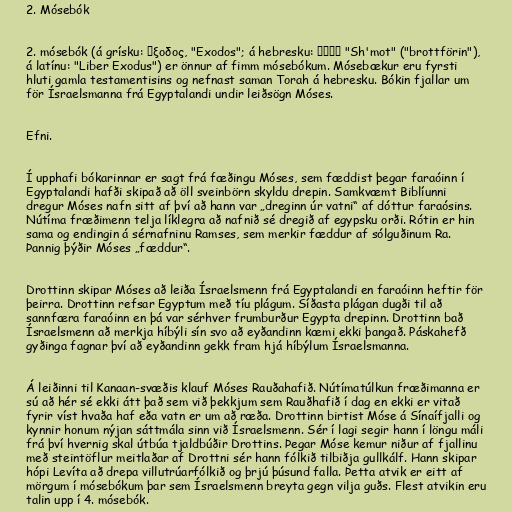
2. Mósebók

2. mósebók (á grísku: ἔξοδος, "Exodos"; á hebresku: שמות "Sh'mot" ("brottförin"),
á latínu: "Liber Exodus") er önnur af fimm mósebókum. Mósebækur eru fyrsti
hluti gamla testamentisins og nefnast saman Torah á hebresku. Bókin fjallar um
för Ísraelsmanna frá Egyptalandi undir leiðsögn Móses.

Efni.

Í upphafi bókarinnar er sagt frá fæðingu Móses, sem fæddist þegar faraóinn í
Egyptalandi hafði skipað að öll sveinbörn skyldu drepin. Samkvæmt Biblíunni
dregur Móses nafn sitt af því að hann var „dreginn úr vatni“ af dóttur faraósins.
Nútíma fræðimenn telja líklegra að nafnið sé dregið af egypsku orði. Rótin er hin
sama og endingin á sérnafninu Ramses, sem merkir fæddur af sólguðinum Ra.
Þannig þýðir Móses „fæddur“.

Drottinn skipar Móses að leiða Ísraelsmenn frá Egyptalandi en faraóinn heftir för
þeirra. Drottinn refsar Egyptum með tíu plágum. Síðasta plágan dugði til að
sannfæra faraóinn en þá var sérhver frumburður Egypta drepinn. Drottinn bað
Ísraelsmenn að merkja híbýli sín svo að eyðandinn kæmi ekki þangað. Páskahefð
gyðinga fagnar því að eyðandinn gekk fram hjá híbýlum Ísraelsmanna.

Á leiðinni til Kanaan-svæðis klauf Móses Rauðahafið. Nútímatúlkun fræðimanna er
sú að hér sé ekki átt það sem við þekkjum sem Rauðhafið í dag en ekki er vitað
fyrir víst hvaða haf eða vatn er um að ræða. Drottinn birtist Móse á Sínaífjalli og
kynnir honum nýjan sáttmála sinn við Ísraelsmenn. Sér í lagi segir hann í löngu máli
frá því hvernig skal útbúa tjaldbúðir Drottins. Þegar Móse kemur niður af fjallinu
með steintöflur meitlaðar af Drottni sér hann fólkið tilbiðja gullkálf. Hann skipar
hópi Levíta að drepa villutrúarfólkið og þrjú þúsund falla. Þetta atvik er eitt af
mörgum í mósebókum þar sem Ísraelsmenn breyta gegn vilja guðs. Flest atvikin eru
talin upp í 4. mósebók.